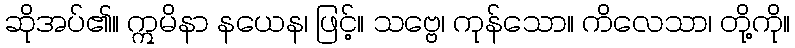
ဆိုအပ်၏။ ဣမိနာ နယေန၊ ဖြင့်။ သဗ္ဗေ၊ ကုန်သော။ ကိလေသာ၊ တို့ကို။